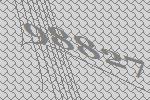
98827